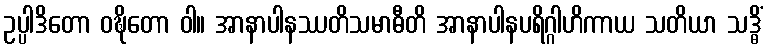
ဥပ္ပါဒိတော ဝဍ္ဎိတော ဝါ။ အာနာပါနဿတိသမာဓီတိ အာနာပါနပရိဂ္ဂါဟိကာယ သတိယာ သဒ္ဓိံ